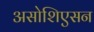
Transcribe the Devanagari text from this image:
असोशिएसन